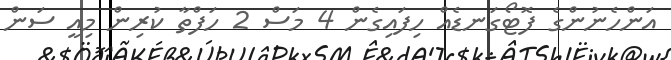
އަންހެނުންގެ ފޮޓޯގަނޑެއް ހިފައިގެން 4 މަސް 2 ހަފްތާ ކުރިން މިއީ ސަން